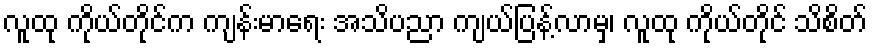
လူထု ကိုယ်တိုင်က ကျန်းမာရေး အသိပညာ ကျယ်ပြန့်လာမှ၊ လူထု ကိုယ်တိုင် သိစိတ်